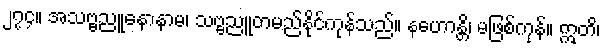
၂၇၄။ အသဗ္ဗညူနောနာမ၊ သဗ္ဗညူတမည်နိုင်ကုန်သည်။ နဟောန္တိ၊ မဖြစ်ကုန်။ ဣတိ၊